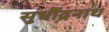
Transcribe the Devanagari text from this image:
सुधींद्रनाथ